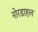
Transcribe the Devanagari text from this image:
नोरडाहल